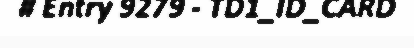
# Entry 9279 - TD1_ID_CARD